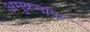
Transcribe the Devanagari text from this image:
अमुक्रमांक